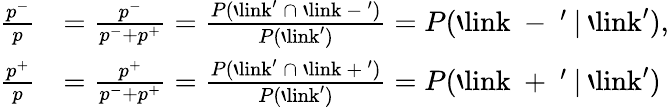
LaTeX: \begin{array}{rl}{\frac{p^{-}}{p}}&{=\frac{p^{-}}{p^{-}+p^{+}}=\frac{P(\mathrm{`link'}\: \cap\: \mathrm{`link~-~'})}{P(\mathrm{`link'})}=P(\mathrm{`link~-~'}\: |\: \mathrm{`link'}),}\\ {\frac{p^{+}}{p}}&{=\frac{p^{+}}{p^{-}+p^{+}}=\frac{P(\mathrm{`link'}\: \cap\: \mathrm{`link~+~'})}{P(\mathrm{`link'})}=P(\mathrm{`link~+~'}\: |\: \mathrm{`link'})}\end{array}